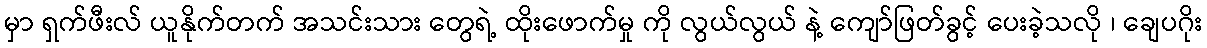
မှာ ရှက်ဖီးလ် ယူနိုက်တက် အသင်းသား တွေရဲ့ ထိုးဖောက်မှု ကို လွယ်လွယ် နဲ့ ကျော်ဖြတ်ခွင့် ပေးခဲ့သလို ၊ ချေပဂိုး